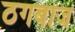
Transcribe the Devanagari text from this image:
ठगबाज